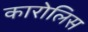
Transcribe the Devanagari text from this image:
कारोलिस